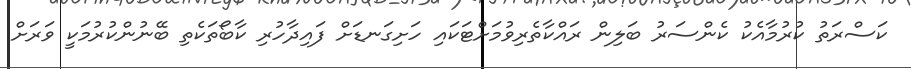
ކަސްރަތު ކުރުމާއެކު ކެންސަރު ބަލިން ރައްކާތެރިވުމަށްޓަކައި ހަށިގަނޑަށް ފައިދާހުރި ކާބޯތަކެތި ބޭނުންކުރުމަކީ ވަރަށް